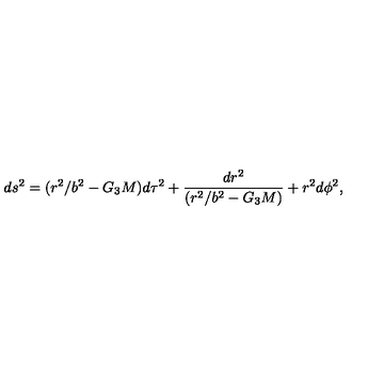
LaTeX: d s ^ { 2 } = ( r ^ { 2 } / b ^ { 2 } - G _ { 3 } M ) d \tau ^ { 2 } + { \frac { d r ^ { 2 } } { ( r ^ { 2 } / b ^ { 2 } - G _ { 3 } M ) } } + r ^ { 2 } d \phi ^ { 2 } ,